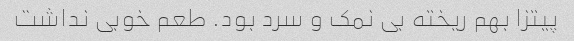
پیتزا بهم ریخته بی نمک و سرد بود. طعم خوبی نداشت